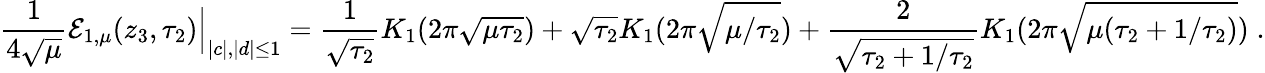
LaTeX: {\frac{1}{4\sqrt{\mu}}}{\mathcal E}_{1,\mu}(z_{3},\tau_{2})\Big|_{|c|,|d|\leq 1}={\frac{1}{\sqrt{\tau_{2}}}}K_{1}(2\pi\sqrt{\mu\tau_{2}})+\sqrt{\tau_{2}}K_{1}(2\pi\sqrt{\mu/\tau_{2}})+{\frac{2}{\sqrt{\tau_{2}+1/\tau_{2}}}}K_{1}(2\pi\sqrt{\mu(\tau_{2}+1/\tau_{2})})\; .